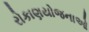
રોકાણયોજનાઓ